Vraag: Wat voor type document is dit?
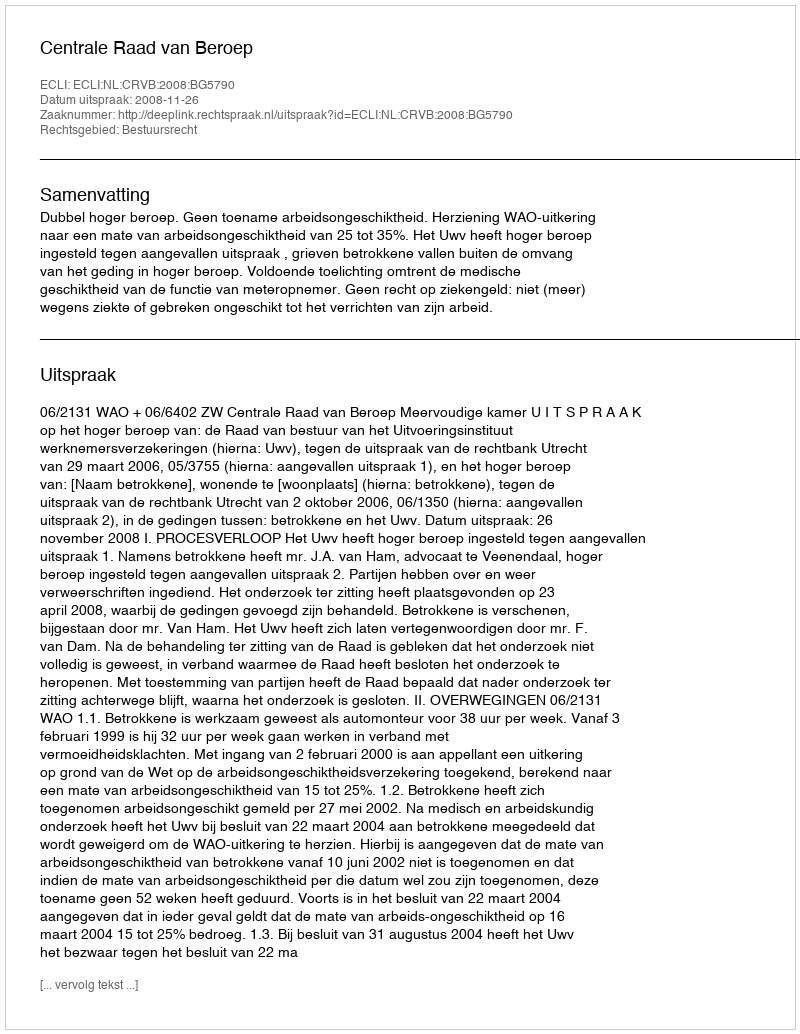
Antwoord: Uitspraak